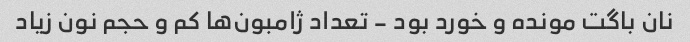
نان باگت مونده و خورد بود - تعداد ژامبون‌ها کم و حجم نون زیاد